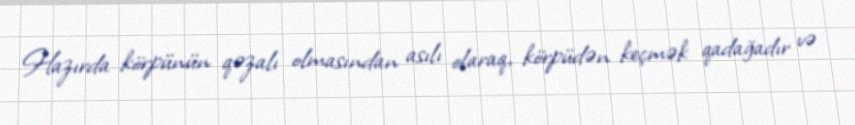
Hazırda körpünün qəzalı olmasından asılı olaraq, körpüdən keçmək qadağadır və